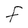
Character: F